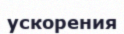
ускорения